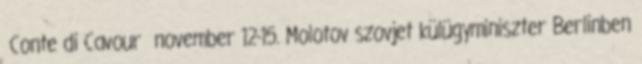
Conte di Cavour november 12-15. Molotov szovjet külügyminiszter Berlinben